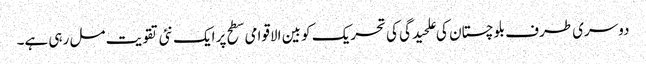
دوسری طرف بلوچستان کی علحیدگی کی تحریک کو بین الاقوامی سطح پر ایک نئی تقویت مل رہی ہے۔